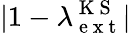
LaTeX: |1-\lambda_{\mathrm{~e~x~t~}}^{\mathrm{~K~S~}}|